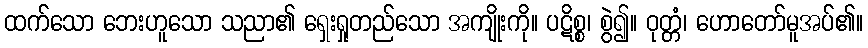
ထက်သော ဘေးဟူသော သညာ၏ ရှေးရှုတည်သော အကျိုးကို။ ပဋိစ္စ၊ စွဲ၍။ ဝုတ္တံ၊ ဟောတော်မူအပ်၏။